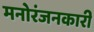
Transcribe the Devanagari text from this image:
मनोरंजनकारी